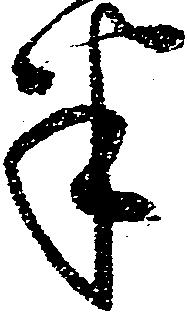
半